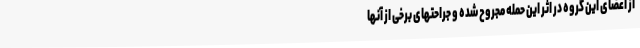
از اعضای این گروه در اثر این حمله مجروح شده و جراحتهای برخی از آنها